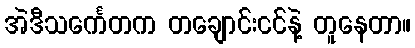
အဲဒီသင်္ကေတက တချောင်းငင်နဲ့ တူနေတာ။